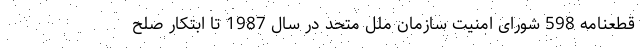
قطعنامه 598 شورای امنیت سازمان ملل متحد در سال 1987 تا ابتکار صلح